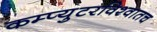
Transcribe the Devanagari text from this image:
कम्प्युटरविश्वातच